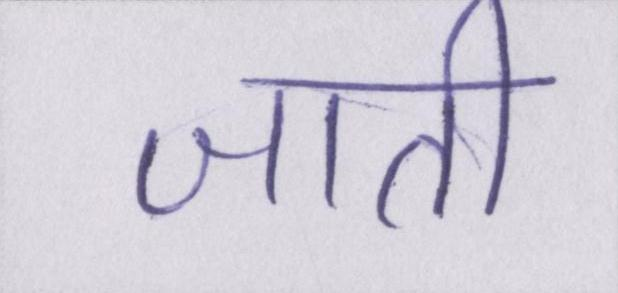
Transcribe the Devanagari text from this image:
जाती